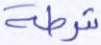
شرطة